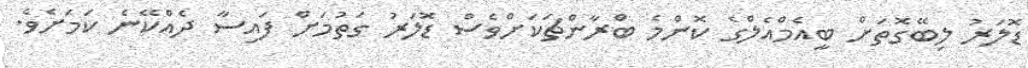
ޑޮލަރު ލިބޭގޮތަށް ބީއެމްއެލްގެ ކޮންމެ ބްރާންޗަކަށްްވެސް ޑޮލަރު ގަތުމަށް ފައިސާ ދެއްކޭނެ ކަމަށެވެ.